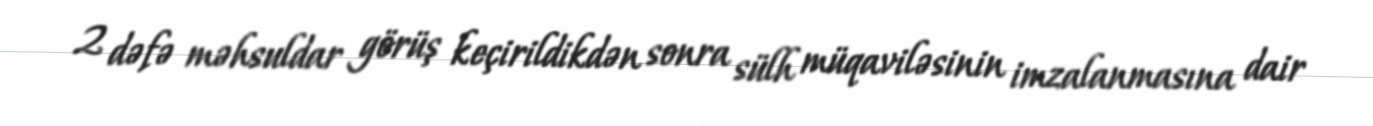
2 dəfə məhsuldar görüş keçirildikdən sonra sülh müqaviləsinin imzalanmasına dair